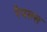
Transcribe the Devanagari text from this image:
रैपल्स